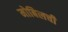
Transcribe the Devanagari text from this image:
मोबिलची